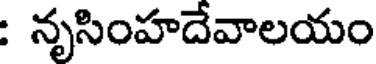
: నృసింహదేవాలయం